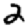
Digit: 2